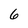
Character: 6